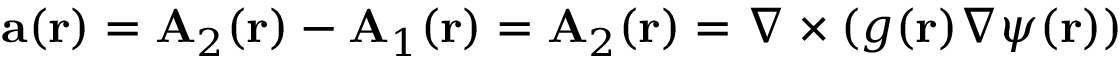
\mathbf { a } ( \mathbf { r } ) = \mathbf { A } _ { 2 } ( \mathbf { r } ) - \mathbf { A } _ { 1 } ( \mathbf { r } ) = \mathbf { A } _ { 2 } ( \mathbf { r } ) = \nabla \times ( g ( \mathbf { r } ) \nabla \psi ( \mathbf { r } ) )